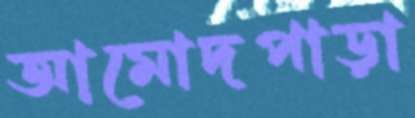
আমোদপাড়া